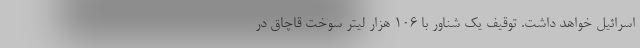
اسرائیل خواهد داشت. توقیف یک شناور با ۱۰۶ هزار لیتر سوخت قاچاق در